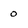
Character: 0